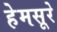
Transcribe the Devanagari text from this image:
हेमसूरे